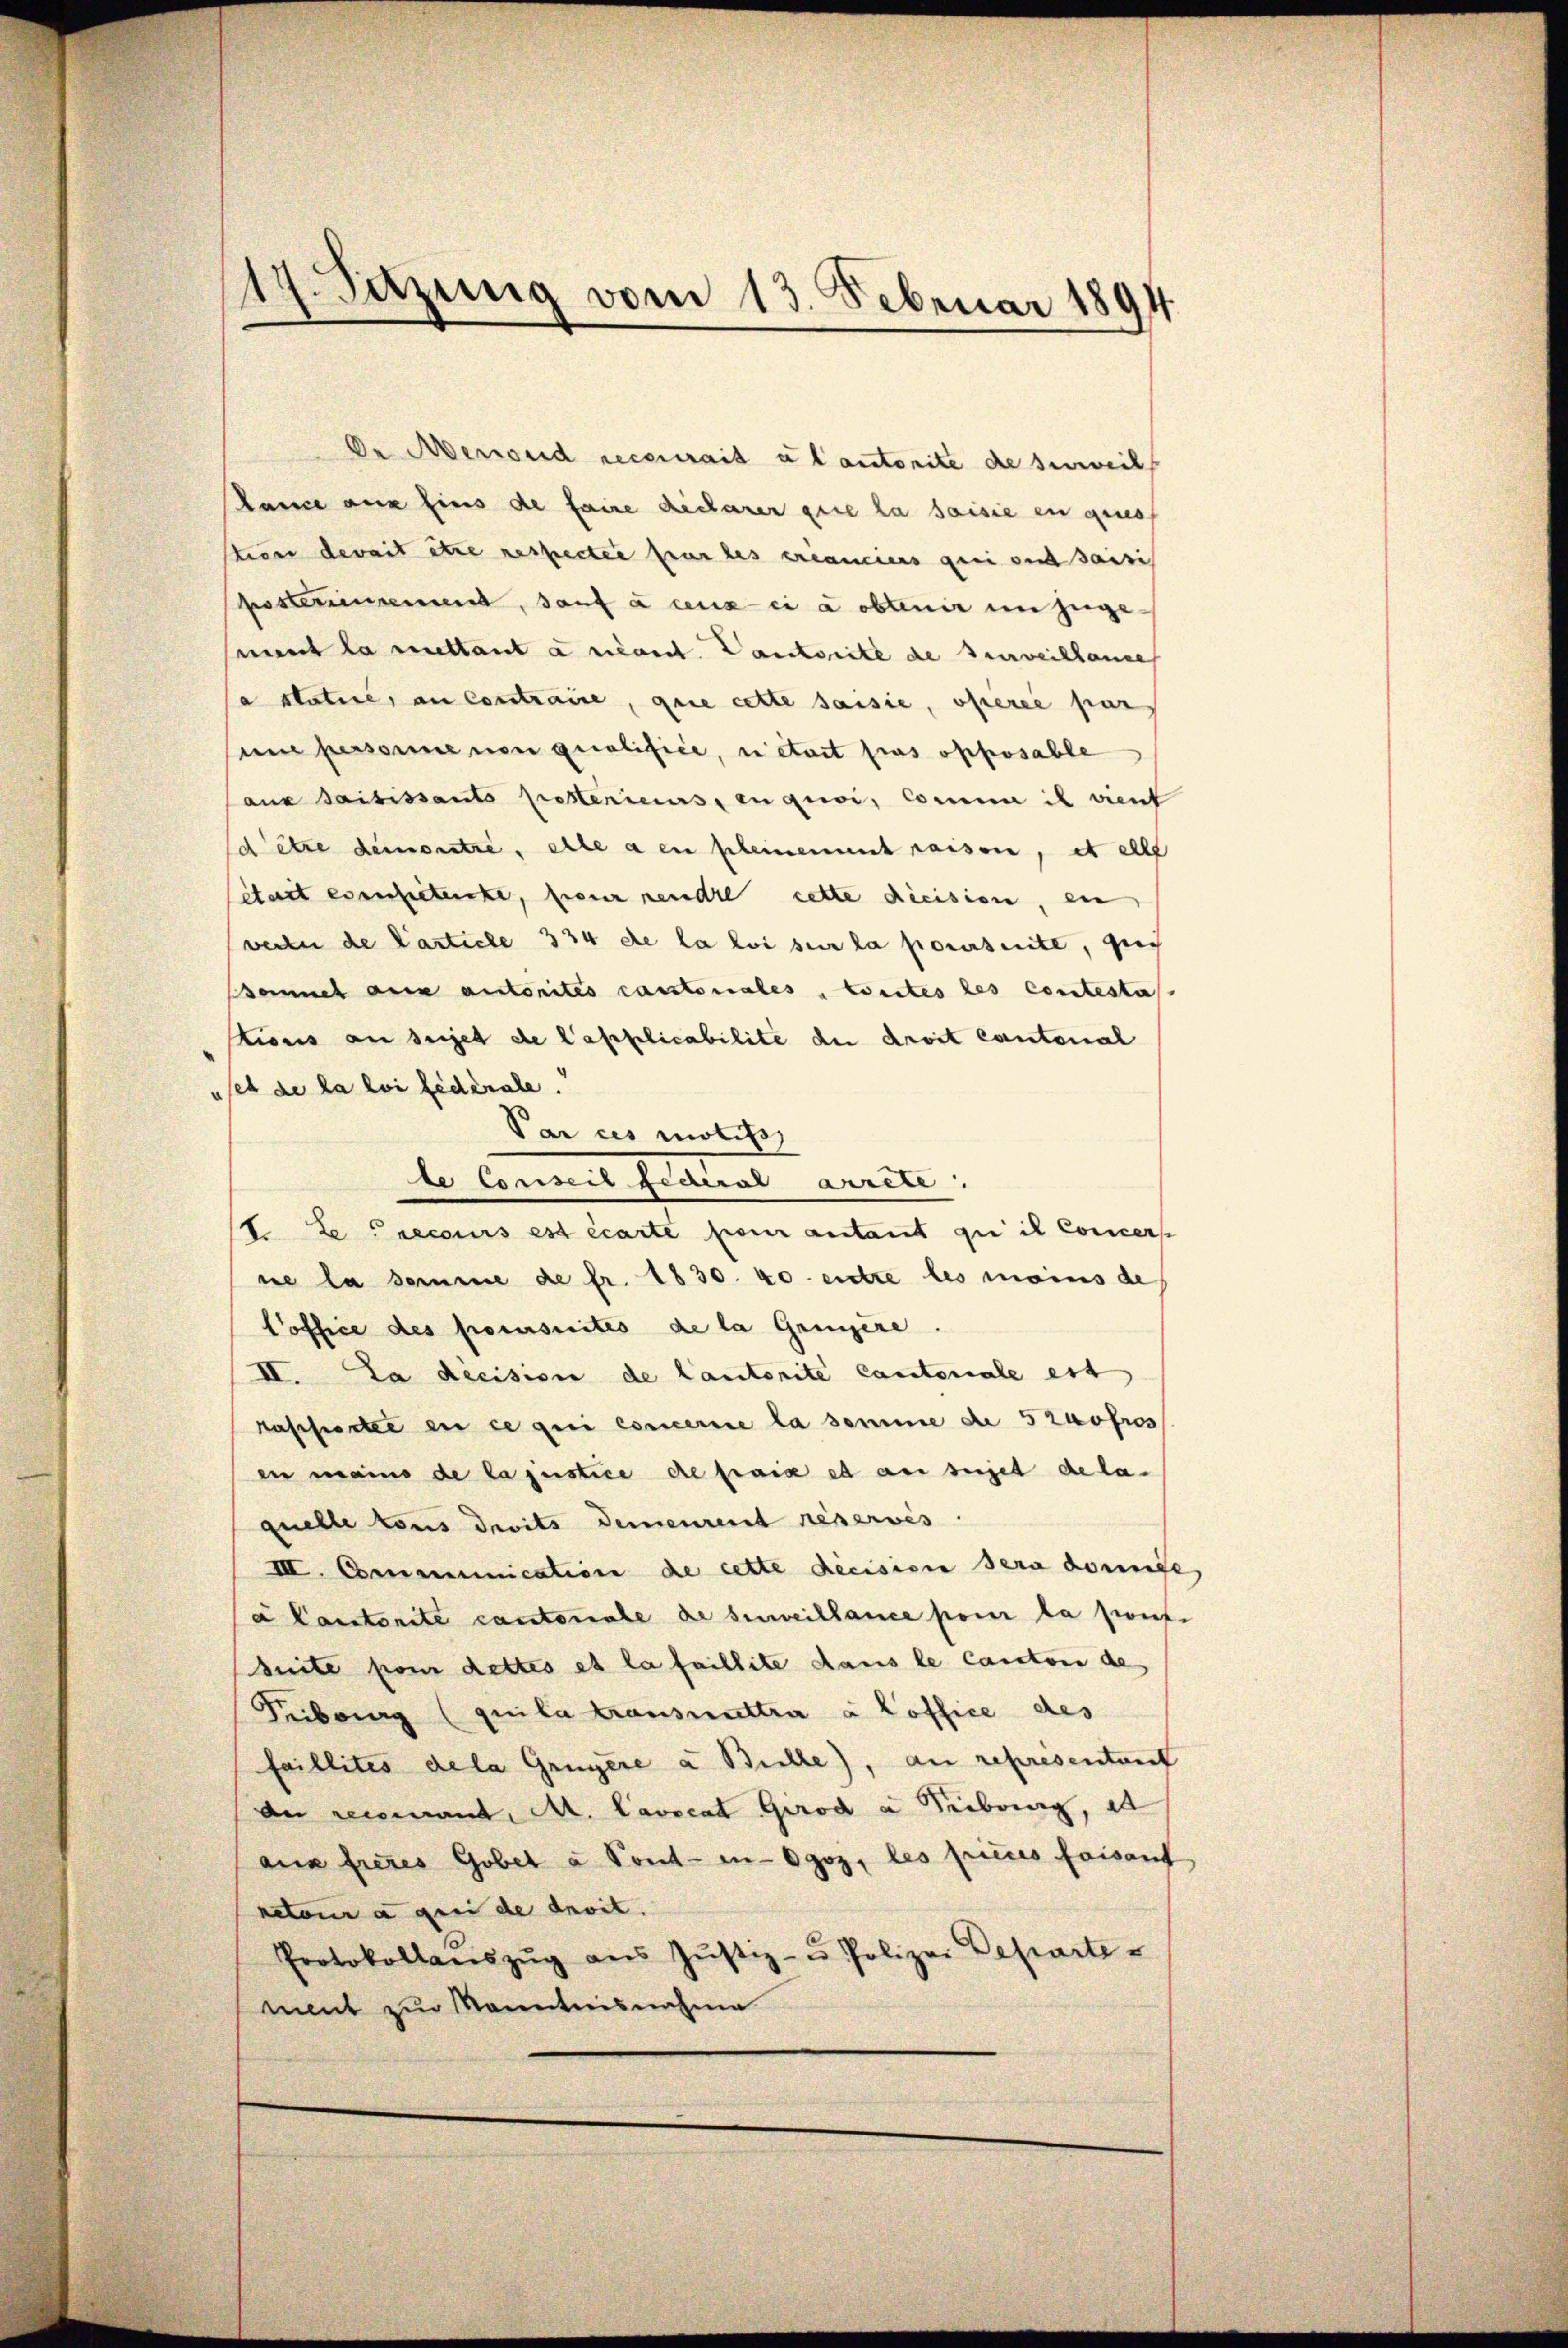
17. Satzung vom 13. Februar 1894

De Menoud recevrait a lautorite de serweil
kance aus Eins de faire dicharer que la saisie en ques
tion derait etwa respectae sur les créanciers geei und dasi
Besteriennen, sauf à ceux-ci a obtenir unzugement la mettant a ricant. Dankseite de surveillance
a statie, an Contraire, quie cette saisie, operie par
une personne non qualifice, ni était pas offosable
ans saisissants festeriens, in qui, comme ich vient
detze demonstre, elle a en pleinement raison, et alle
Statt esserstencke, pour rendre cette dicision, ein
verlei de Casticle 334 de la loi sur la poursuite, geich
omnes ange autorites cantonales, weites les contesta
tionis an seiget de l’applicabilite der droit cantonal
uses de la loi fédérale.
Var ces motifs,
de Conseit jederal arrete
1. Le recours est écarte pour antant qui il Concers
ne la somme de fr. 1830. 40. entre les moins de
Poffice des procursuites de la Gringere
II. Da decision de Cautorite Cantonale est
kassierte ein ce qui concerne la somme die 5 zuofros
en mains de la justice de paix et au sujet de la
quelle tous droits demeurent réservés.
III. Communication de cette decision sera dominist
a Cantonite cantonale de surveillance pour la pron
suite pom dettes et la faillite dans le Canton de
Fribourg (quila transmittra à Coffice des
faillites dela Grügere a Bühle), an representant
an recommand, M. Cavocat Girod a Tribung, al
aus freies Gobet à Pontin-Ogoz, les pries faisant
netour a qui de devit.
Protokollanszŭg aŭs Jŭstiz- u Polizei Departe-
ment zur Kenntnisnahme